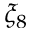
\xi _ { 8 }